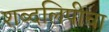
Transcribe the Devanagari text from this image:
शब्दलिपीचा